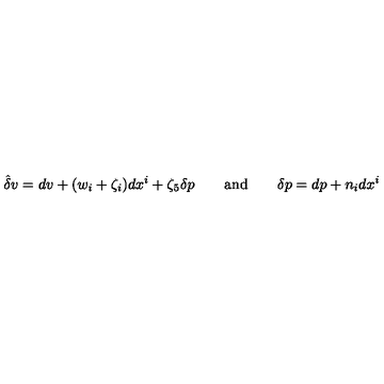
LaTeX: \hat { \delta } v = d v + ( w _ { i } + \zeta _ { i } ) d x ^ { i } + \zeta _ { 5 } \delta p \qquad \mathrm { a n d } \qquad \delta p = d p + n _ { i } d x ^ { i }